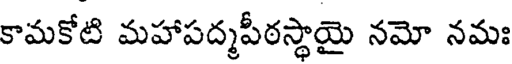
కామకోటి మహాపద్మపీఠస్థాయై నమో నమః